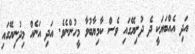
އަދި އެއްބަޔަކީ ދެ ދުނިޔޭގައި ވެސް ކާމިޔާބުވާ މީހުންނެވެ. އަދި އަނެއް މިދުނިޔޭގައި